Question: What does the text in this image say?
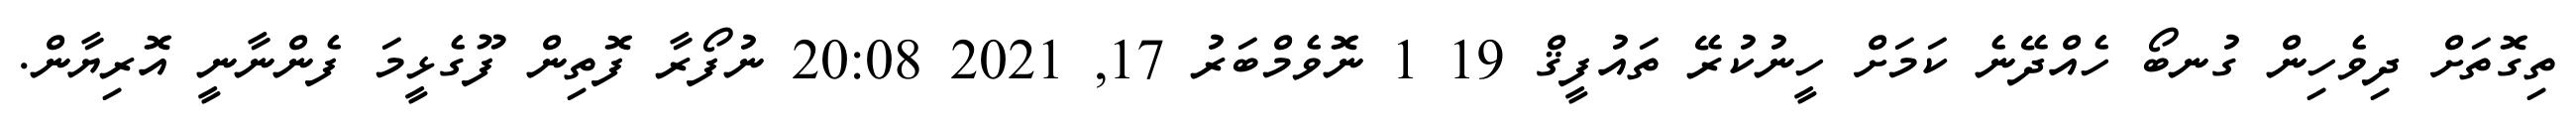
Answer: ތިގޮތަށް ދިވެހިން ގުނބޯ ހެއްދޭނެ ކަމަށް ހީނުކުރޭ ތައުފީޤް 19 1 ނޮވެމްބަރު 17, 2021 20:08 ނުފޯރާ ފޮތިން ފޫގެޅީމަ ފެންނާނީ އޮރިޔާން.